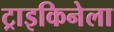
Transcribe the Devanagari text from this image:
ट्राइकिनेला